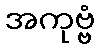
အကုဗ္ဗံ